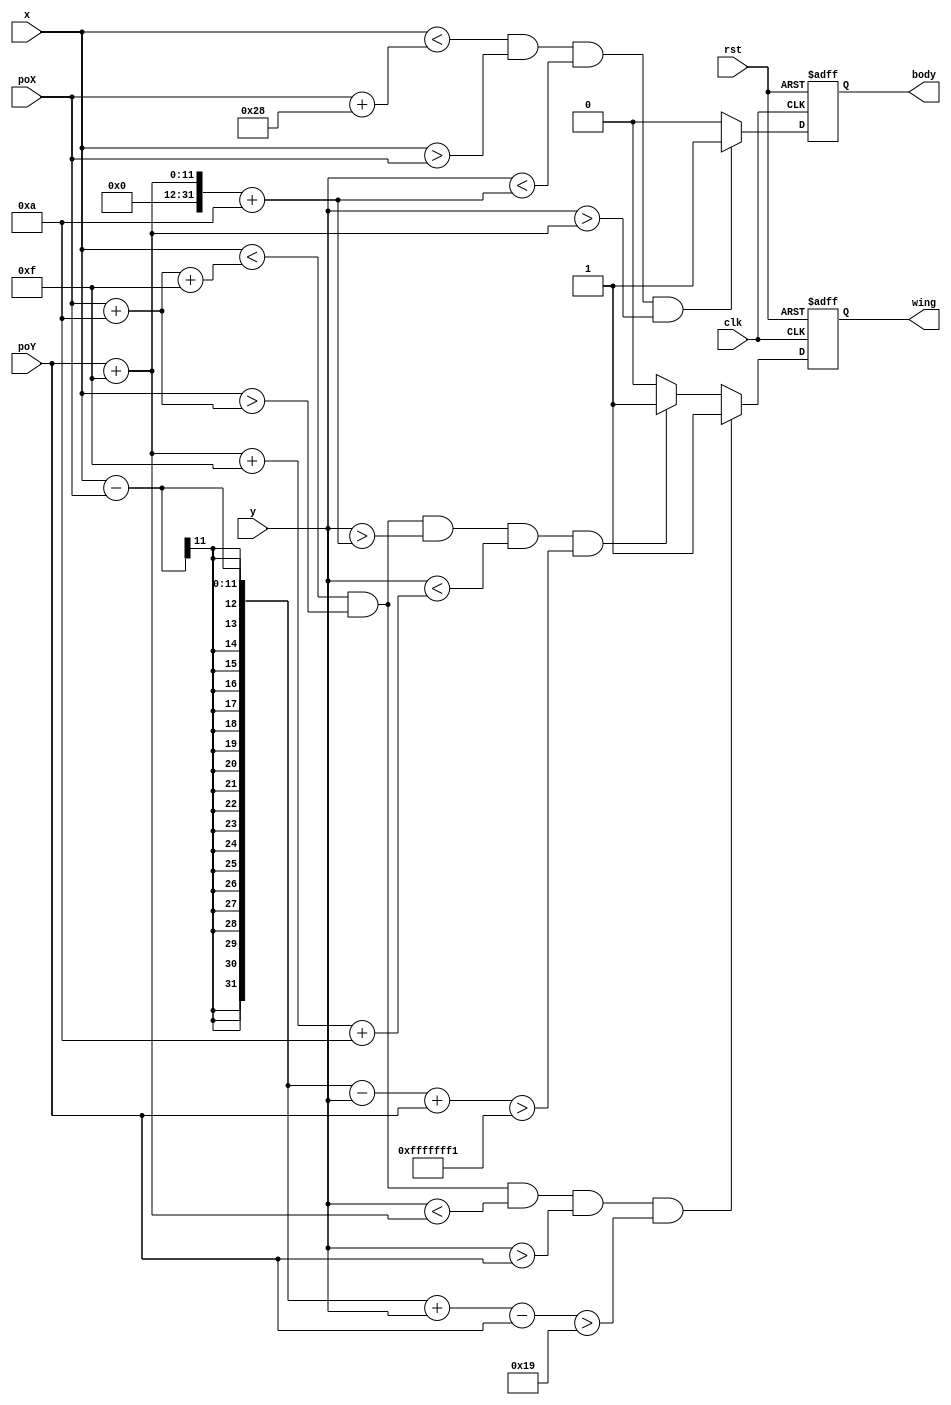
module planeB(
	input clk,
	input rst,
	input [10:0] x,
	input [10:0] y,
	input [10:0] poX,
	input [10:0] poY,
	output reg wing,
	output reg body
    );
	
parameter pL = 40;
parameter pW = 10;
parameter wL = 15;
parameter wW = 15;
parameter wP = 10;

// body
always@(posedge clk, posedge rst)
begin
	if(rst) body <= 0;
	else begin
		if(x < poX+pL && x > poX && y < poY+wL+pW && y >poY+wL) body <= 1;
		else body <= 0;
	end
end

// wing
always@(posedge clk, posedge rst)
begin
	if(rst) wing <= 0;
	else begin
		if(x < poX+wP+wW && x > poX+wP && y < poY+wL && y > poY && x-poX+y-poY >wW+wP) wing <= 1;
		else if(x < poX+wP+wW && x > poX+wP && y > poY+wL+pW && y < poY+wL+wL+pW && x-poX-y+poY >wP-wL-pW) wing <= 1;
		else wing <= 0;
	end
end



endmodule